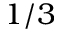
1 / 3